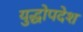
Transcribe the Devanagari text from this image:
युद्धोपदेश